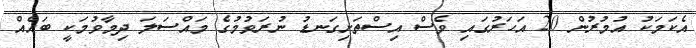
އެކަމަކު އުމުރުން 20 އަހަރުގައި ވެސް އިސްތަށިގަނޑު ނުރަވުމުގެ މައްސަލަ ދިމާވުމަކީ ބައެއް